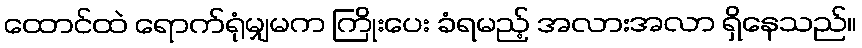
ထောင်ထဲ ရောက်ရုံမျှမက ကြိုးပေး ခံရမည့် အလားအလာ ရှိနေသည်။